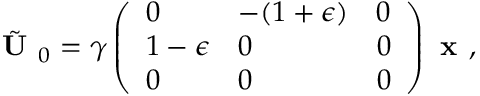
\tilde { \textbf { U } } _ { 0 } = \gamma \left( \begin{array} { l l l } { 0 } & { - ( 1 + \epsilon ) } & { 0 } \\ { 1 - \epsilon } & { 0 } & { 0 } \\ { 0 } & { 0 } & { 0 } \end{array} \right) \textbf { x } ,